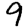
Digit: 9